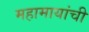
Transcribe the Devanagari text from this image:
महामायांची